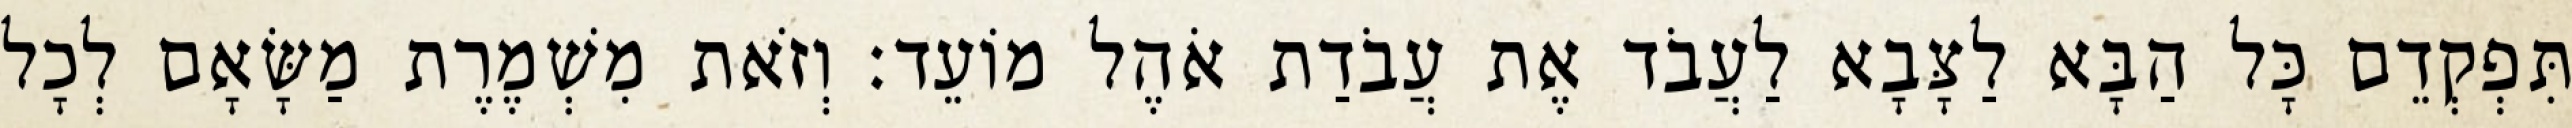
תִּפְקְדֵם כָּל הַבָּא לַצָּבָא לַעֲבֹד אֶת עֲבֹדַת אֹהֶל מוֹעֵד׃ וְזֹאת מִשְׁמֶרֶת מַשָּׂאָם לְכָל